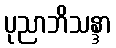
ပုညာဘိသန္ဒာ